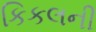
કિકલની